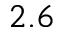
2 . 6